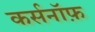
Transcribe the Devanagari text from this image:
कर्सनॉफ़